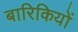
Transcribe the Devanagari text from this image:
बारिकियों